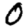
Digit: 0